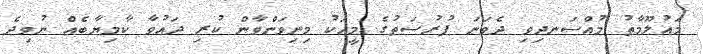
މައުލޫމާތު މުއްސަނދިވި ދެވަނަ ފުރުސަތުގެ މީހަކު މިނިވަންވާން ކުރި ދައުވާ ކާމިޔާބެއް ނުވިދެ